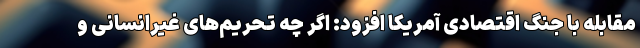
مقابله با جنگ اقتصادی آمریکا افزود: اگر چه تحریم‌های غیرانسانی و